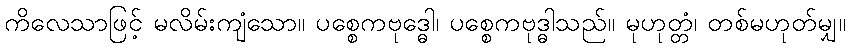
ကိလေသာဖြင့် မလိမ်းကျံသော။ ပစ္စေကဗုဒ္ဓေါ၊ ပစ္စေကဗုဒ္ဓါသည်။ မုဟုတ္တံ၊ တစ်မဟုတ်မျှ။